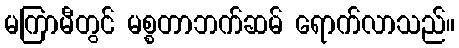
မကြာမီတွင် မစ္စတာဘက်ဆမ် ရောက်လာသည်။